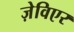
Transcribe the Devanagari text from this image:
ज़ेविएर